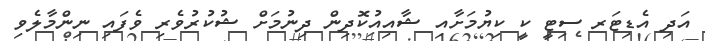
އަދި އެޑިޓަރ ސިޓީ ކީ ކިޔުމަށާއި ޝާއިއުކޮދިން ދިނުމަށް ޝުކުރުވެރި ވެފައި ނިންމާލެވި